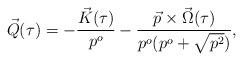
LaTeX: \begin{align*}\vec{Q}(\tau)=-\frac{\vec{K}(\tau)}{p^o}-\frac{\vec{p}\times\vec{\Omega}(\tau)}{p^o(p^o+\sqrt{p^2})}, \end{align*}